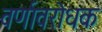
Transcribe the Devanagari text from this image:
वर्णावरोधक